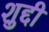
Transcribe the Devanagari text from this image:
शुद्दी